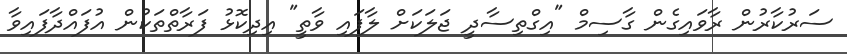
ސަރުކާރުން ރާވައިގެން ގާސިމް "އިގްތިސާދީ ޖަލަކަށް ލާފައި ވާތީ" އިދިކޮޅު ފަރާތްތަކުން އުފައްދާފައިވާ